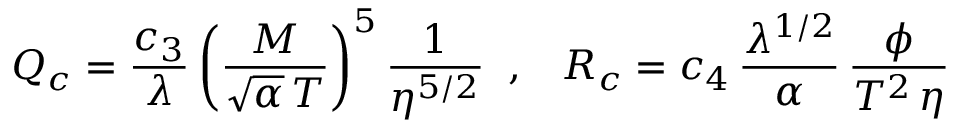
Q _ { c } = \frac { c _ { 3 } } { \lambda } \left( \frac { M } { \sqrt { \alpha } \, T } \right) ^ { 5 } \frac { 1 } { \eta ^ { 5 / 2 } } \; \; , \; \; \; R _ { c } = c _ { 4 } \, \frac { \lambda ^ { 1 / 2 } } { \alpha } \, \frac { \phi } { T ^ { 2 } \, \eta }